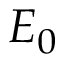
E _ { 0 }